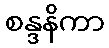
စန္ဒနိကာ